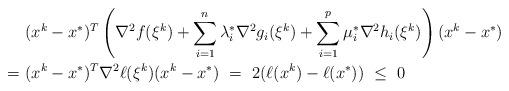
LaTeX: \begin{align*} & (x^k-x^*)^T\left(\nabla^2f(\xi^k)+\sum\limits_{i=1}^n\lambda_i^*\nabla^2g_i(\xi^k)+\sum\limits_{i=1}^p\mu_i^*\nabla^2h_i(\xi^k)\right)(x^k-x^*)\\=\ & (x^k-x^*)^T\nabla^2\ell(\xi^k)(x^k-x^*) \ =\ 2(\ell(x^k)-\ell(x^*)) \ \leq\ 0\end{align*}